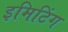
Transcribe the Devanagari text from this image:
इमिटिंग